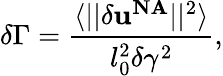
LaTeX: \delta\Gamma=\frac{\langle||\delta\textbf{u}^{\mathrm{\textbf{NA}}}||^{2}\rangle}{l_{0}^{2}\delta\gamma^{2}},